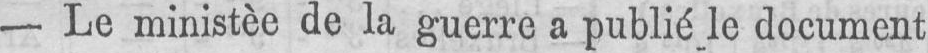
- Le ministèe de la guerre a publié le document